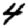
Digit: 4